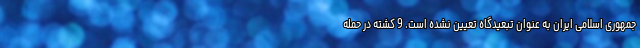
جمهوری اسلامی ایران به عنوان تبعیدگاه تعیین نشده است. 9 کشته در حمله